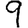
Digit: 9